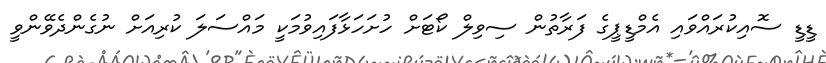
ޑީޑީ ސޮއިކުރައްވައި އެމްޑީޕީގެ ފަރާތުން ސިވިލް ކޯޓަށް ހުށަހަޅާފައިވުމަކީ މައްސަލަ ކުރިއަށް ނުގެންދެވޭންވީ